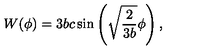
W ( \phi ) = 3 b c \sin \left( \sqrt { \frac { 2 } { 3 b } } \phi \right) ,